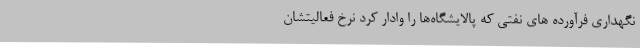
نگهداری فرآورده های نفتی که پالایشگاه‌ها را وادار کرد نرخ فعالیتشان